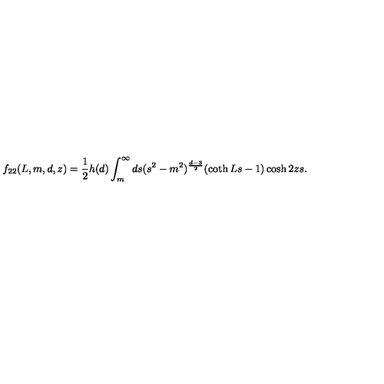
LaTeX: f _ { 2 2 } ( L , m , d , z ) = \frac { 1 } { 2 } h ( d ) \int _ { m } ^ { \infty } d s ( s ^ { 2 } - m ^ { 2 } ) ^ { \frac { d - 3 } { 2 } } ( \coth L s - 1 ) \cosh 2 z s .